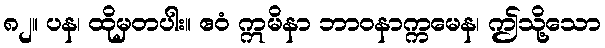
၈၂။ ပန၊ ထိုမှတပါး။ ဧဝံ ဣမိနာ ဘာဝနာက္ကမေန၊ ဤသို့သော